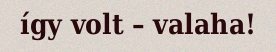
így volt – valaha!